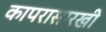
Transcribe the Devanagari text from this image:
कापरासारखी